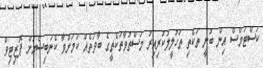
ކަސްޓަމްސް އިން ބުނީ ތަކެތި ތަހުލީލުކުރިއިރު މަސްތުވާތަކެތީގެ ބާވަތެއް ކަމަށްވާ ކެނަބިސްއަށް ޕޮޒިޓިވް